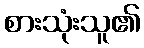
စားသုံးသူ၏